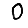
Digit: 0